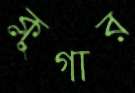
ক্লুগার